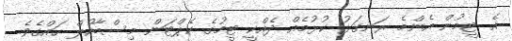
އެ ޓީމުން އެންމެ ރަނގަޅު ކުޅުމެއް ދެއްކީ ޓީމުގެ ކެޕްޓަން މިސްބާހުލް ހައްގެވެ.